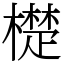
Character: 檚